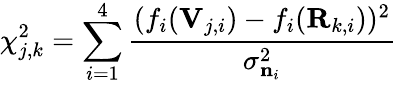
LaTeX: \chi_{j,k}^{2}=\sum_{i=1}^{4}\frac{(f_{i}(\mathbf{V}_{j,i})-f_{i}(\mathbf{R}_{k,i}))^{2}}{\sigma_{\mathbf{n}_{i}}^{2}}